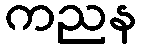
ကညန